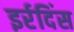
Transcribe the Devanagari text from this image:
इर्रदिंस